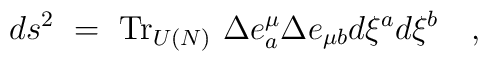
ds^2 ~=~ {\rm Tr}_{U(N)} ~ \Delta e^{\mu}_{ a} \Delta e_{\mu b} d\xi^{a} d \xi^{b}  \quad ,